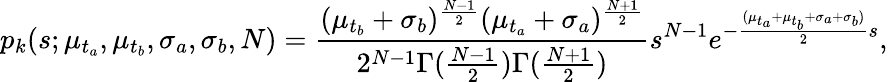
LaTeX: p_{k}(s;\mu_{t_{a}},\mu_{t_{b}},\sigma_{a},\sigma_{b},N)=\frac{(\mu_{t_{b}}+\sigma_{b})^{\frac{N-1}{2}}(\mu_{t_{a}}+\sigma_{a})^{\frac{N+1}{2}}}{2^{N-1}\Gamma(\frac{N-1}{2})\Gamma(\frac{N+1}{2})}s^{N-1}e^{-\frac{(\mu_{t_{a}}+\mu_{t_{b}}+\sigma_{a}+\sigma_{b})}{2}s},